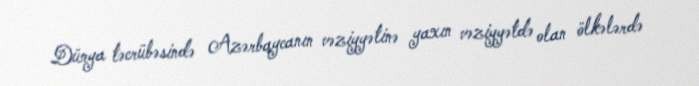
Dünya təcrübəsində Azərbaycanın vəziyyətinə yaxın vəziyyətdə olan ölkələrdə